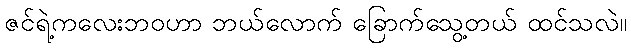
ဇင်ရဲ့ကလေးဘဝဟာ ဘယ်လောက် ခြောက်သွေ့တယ် ထင်သလဲ။